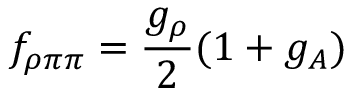
f _ { \rho \pi \pi } = \frac { g _ { \rho } } { 2 } ( 1 + g _ { A } )